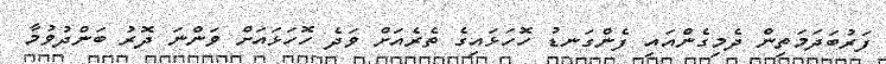
ފަރުބަދަމަތިން ދެމިގެންއައި ފެންގަނޑު ހޮހަޅައިގެ ތެރެއަށް ވަދެ ހޮހަޅައަށް ވަންނަ ދޮރު ބަންދުވުމާ